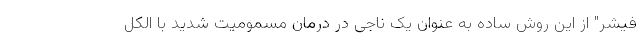
فیشر" از این روش ساده به عنوان یک ناجی در درمان مسمومیت شدید با الکل